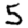
Digit: 5